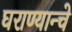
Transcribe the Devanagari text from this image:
घराण्यान्चे